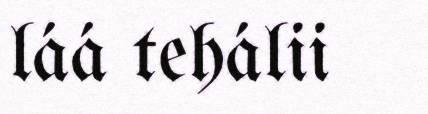
láá tehálii